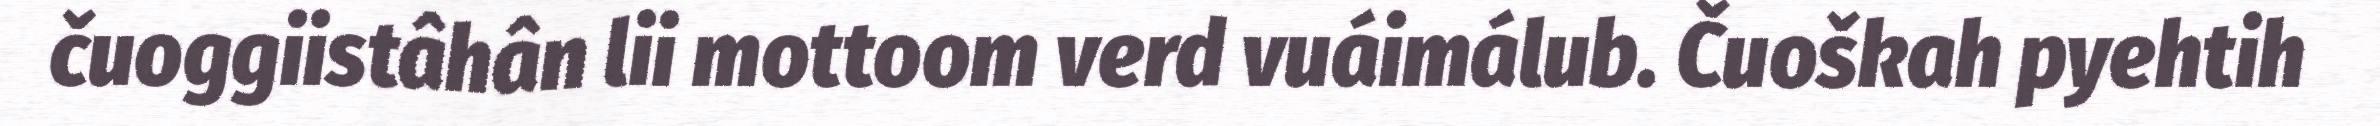
čuoggiistâhân lii mottoom verd vuáimálub. Čuoškah pyehtih